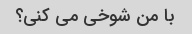
با من شوخی می کنی؟